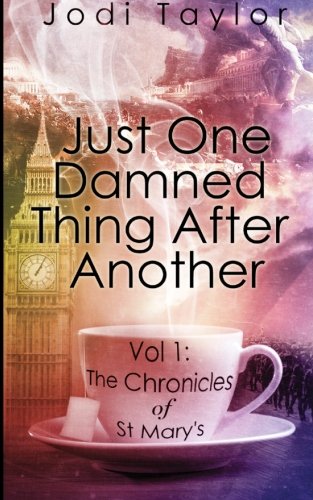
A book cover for Just One Damned Thing After Another (The Chronicles of St. Mary's series) (Volume 1); Jodi Taylor; Literature & Fiction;